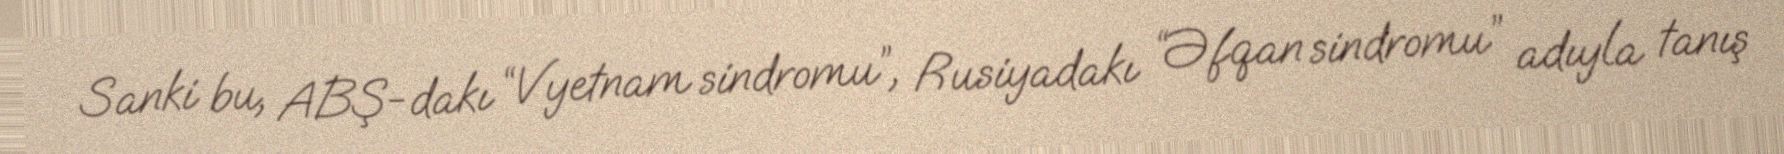
Sanki bu, ABŞ-dakı “Vyetnam sindromu”, Rusiyadakı “Əfqan sindromu” adıyla tanış